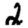
Digit: 2